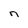
Character: n